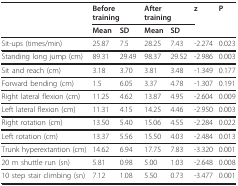
|  | <COLSPAN=2> Before training | <COLSPAN=2> After training | z | P |
 |  | Mean | SD | Mean | SD |  |  |
 | --- | --- | --- | --- | --- | --- | --- |
 | Sit-ups (times/min) | 25.87 | 7.5 | 28.25 | 7.43 | -2.274 | 0.023 |
 | Standing long jump (cm) | 89.31 | 29.49 | 98.37 | 29.52 | -2.986 | 0.003 |
 | Sit and reach (cm) | 3.18 | 3.70 | 3.81 | 3.48 | -1.349 | 0.177 |
 | Forward bending (cm) | 1.5 | 6.05 | 3.37 | 4.78 | -1.307 | 0.191 |
 | Right lateral flexion (cm) | 11.25 | 4.62 | 13.87 | 4.95 | -2.604 | 0.009 |
 | Left lateral flexion (cm) | 11.31 | 4.15 | 14.25 | 4.46 | -2.950 | 0.003 |
 | Right rotation (cm) | 13.50 | 5.40 | 15.06 | 4.55 | -2.284 | 0.022 |
 | Left rotation (cm) | 13.37 | 5.56 | 15.50 | 4.03 | -2.484 | 0.013 |
 | Trunk hyperextantion (cm) | 14.62 | 6.94 | 17.75 | 7.83 | -3.320 | 0.001 |
 | 20 m shuttle run (sn) | 5.81 | 0.98 | 5.00 | 1.03 | -2.648 | 0.008 |
 | 10 step stair climbing (sn) | 7.12 | 1.08 | 5.50 | 0.73 | -3.477 | 0.001 |